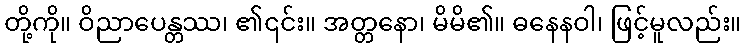
တို့ကို။ ဝိညာပေန္တဿ၊ ၏၎င်း။ အတ္တနော၊ မိမိ၏။ ဓနေနဝါ၊ ဖြင့်မူလည်း။